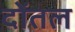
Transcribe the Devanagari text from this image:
दोंतल